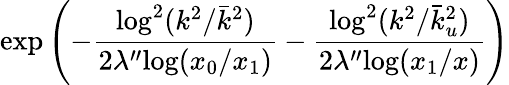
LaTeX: \mathrm{exp}\left(-\frac{\mathrm{log}^{2}(k^{2}/\bar{k}^{2})}{2\lambda^{\prime\prime}\mathrm{log}(x_{0}/x_{1})}-\frac{\mathrm{log}^{2}(k^{2}/\bar{k}_{u}^{2})}{2\lambda^{\prime\prime}\mathrm{log}(x_{1}/x)}\right)